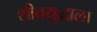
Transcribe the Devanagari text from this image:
शीतयुद्धाला